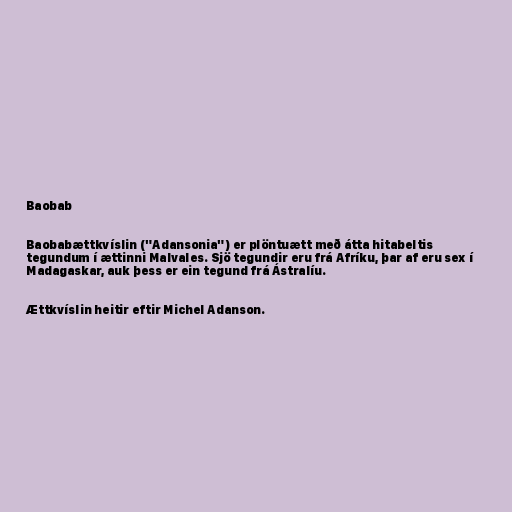
Baobab

Baobabættkvíslin ("Adansonia") er plöntuætt með átta hitabeltis
tegundum í ættinni Malvales. Sjö tegundir eru frá Afríku, þar af eru sex í
Madagaskar, auk þess er ein tegund frá Ástralíu.

Ættkvíslin heitir eftir Michel Adanson.